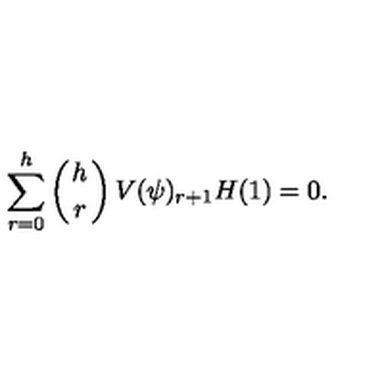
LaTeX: \sum _ { r = 0 } ^ { h } \left( { h \atop r } \right) V ( \psi ) _ { r + 1 } H ( 1 ) = 0 .